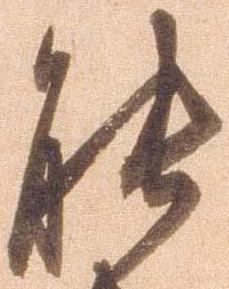
能